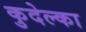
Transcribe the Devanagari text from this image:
कुदेल्का